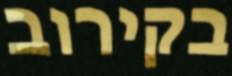
בקירוב